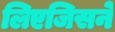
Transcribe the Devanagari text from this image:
लिएजिसने